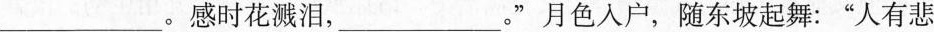
___。感时花溅泪，___”月色入户，随东坡起舞：”人有悲